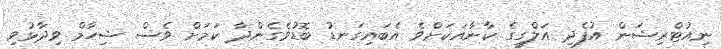
ނިއުޓްރިޝަން އުފެދި އަލްގީގެ ކާނާއަކަށްވެ އެބައިގަނޑު ބޮޑުވެގެންދާ ކަމަށް ވެސް ޝިހާމް ވިދާޅުވި